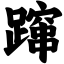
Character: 蹿